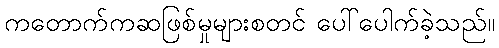
ကတောက်ကဆဖြစ်မှုများစတင် ပေါ်ပေါက်ခဲ့သည်။